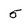
Character: 5